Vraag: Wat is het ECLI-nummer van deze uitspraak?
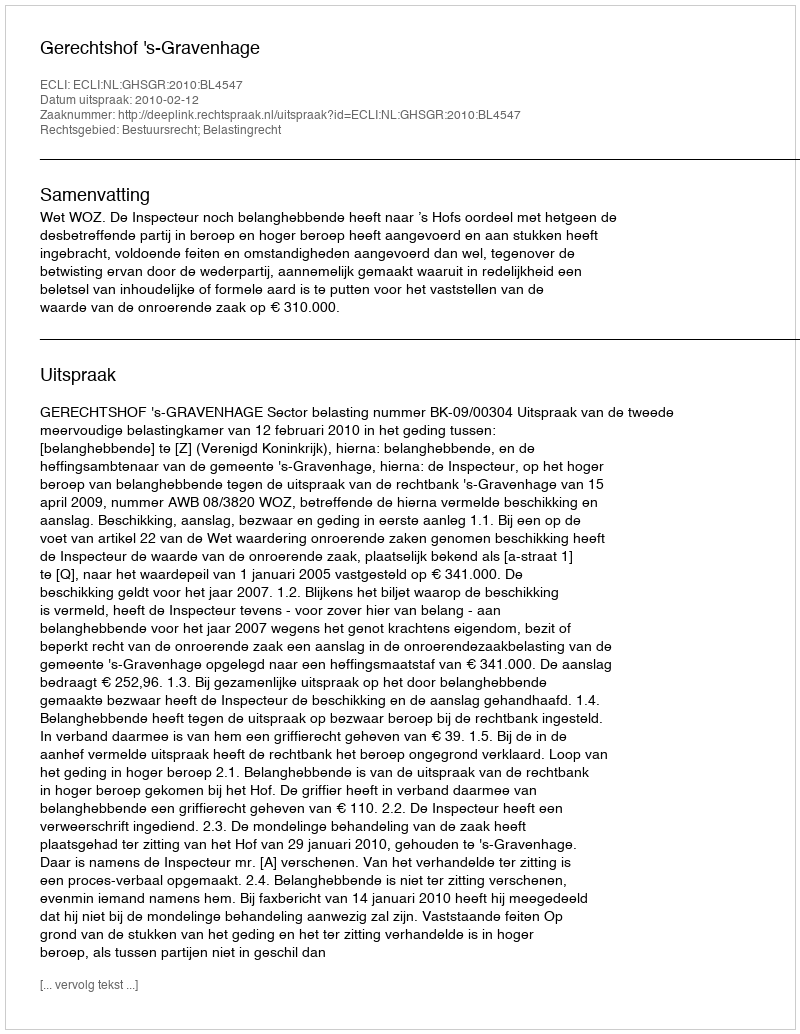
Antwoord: ECLI:NL:GHSGR:2010:BL4547